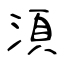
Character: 湏